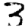
Digit: 3